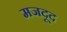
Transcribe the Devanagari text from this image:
मजदूद